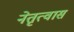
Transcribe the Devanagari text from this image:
नेतृत्वास